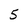
Character: 5